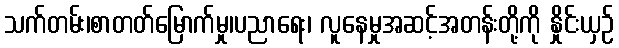
သက်တမ်း၊စာတတ်မြောက်မှု၊ပညာရေး၊ လူနေမှုအဆင့်အတန်းတို့ကို နှိုင်းယှဉ်